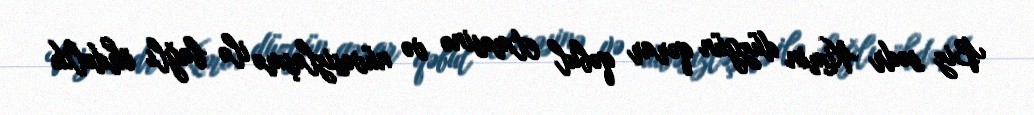
Biz sədr Kimin düzgün qərar qəbul etməsinə və nüvəsizləşmə ilə bağlı öhdəlik